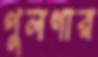
পুলগার